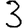
Digit: 3